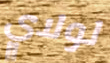
لولاي